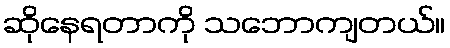
ဆိုနေရတာကို သဘောကျတယ်။